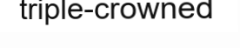
triple-crowned